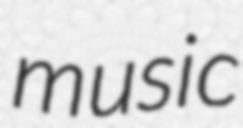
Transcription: music